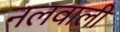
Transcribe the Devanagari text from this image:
नलवाली